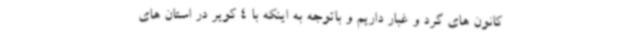
کانون های گرد و غبار داریم و باتوجه به اینکه با 4 کویر در استان های